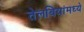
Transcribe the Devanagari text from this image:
तेलबियांमध्ये